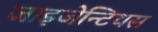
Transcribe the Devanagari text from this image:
जाइजेन्टियस